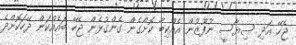
ޖެހޭ އަދި ސިޔާސީ ނުފޫޒުން އެއްކިބާ ކޮށްގެން ގެންގުޅެން ޖެހޭ ބައެއްކަން ދޭހަކޮށްދެ